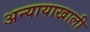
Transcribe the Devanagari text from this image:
अन्यायाखाली